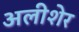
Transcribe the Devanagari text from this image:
अलीशेर